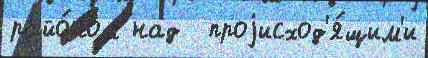
райо́ном над  проjисход'я́щим'и